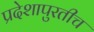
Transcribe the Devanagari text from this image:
प्रदेशापुरतीच